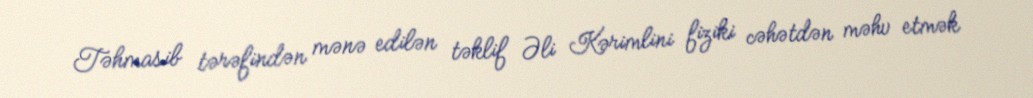
Təhmasib tərəfindən mənə edilən təklif Əli Kərimlini fiziki cəhətdən məhv etmək